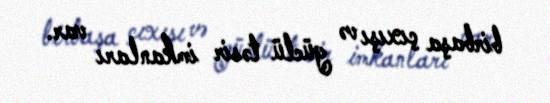
birbaşa çıxışı və güclü təsir imkanları var.